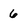
Character: 6